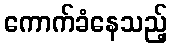
ကောက်ခံနေသည့်